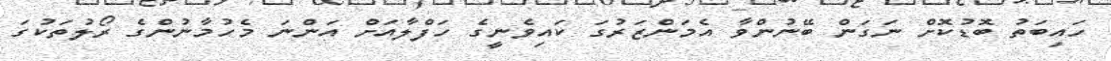
ހައިބަތު ބޮޑުކޮށް ނަގަން ބޭނުންވާ އެމަންޒަރުގަ ކައިވެނީގެ ހަފްލާއަށް އަންނަ މެހުމާނުންގެ ރޯލުތަކުގަ